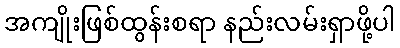
အကျိုးဖြစ်ထွန်းစရာ နည်းလမ်းရှာဖို့ပါ